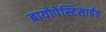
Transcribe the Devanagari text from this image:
बायोपेस्टिसाईड